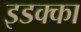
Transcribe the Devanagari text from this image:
इडक्‍का